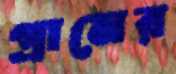
গ্রামের